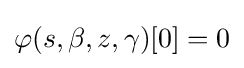
\varphi (s,\beta ,z,\gamma )[0]=0